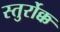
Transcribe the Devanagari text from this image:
स्तुर्रोक्क